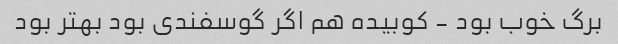
برگ خوب بود - کوبیده هم اگر گوسفندی بود بهتر بود